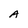
Character: A